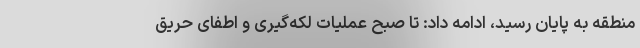
منطقه به پایان رسید، ادامه داد: تا صبح عملیات لکه‌گیری و اطفای حریق